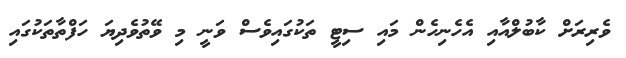
ވެރިރަށް ކާބުލްއާއި އެހެނިހެން މައި ސިޓީ ތަކުގައިވެސް ވަނީ މި ވޭތުވެދިޔަ ހަފްތާތަކުގައި